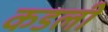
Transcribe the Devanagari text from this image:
कडली